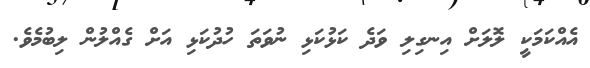
އެއްކަމަކީ ލޮލަށް އިނގިލި ވަދެ ކަޅުކަޅި ނުވަތަ ހުދުކަޅި އަށް ގެއްލުން ލިބުމެވެ.